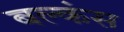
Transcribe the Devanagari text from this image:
बल्कंस